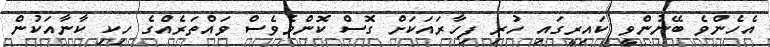
އެހެންވެ ބޭނުންވީ ކައިރީގައި ހުރި ފިހާރައަކަށް ގޮސް ކޮންމެވެސް ވައްތަރެއްގެ ހިކި ކާނާއަކުން